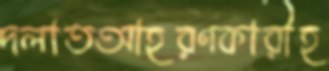
দলাতআহরণকারীহ